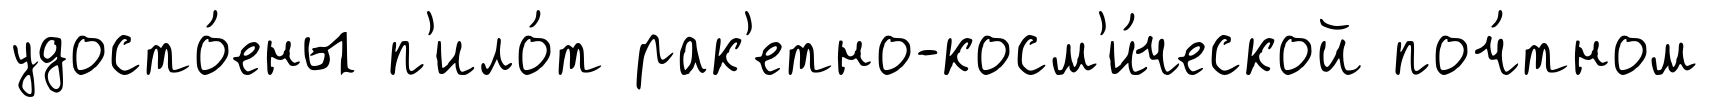
удосто́ены п'ило́т рак'етно-косм'и́ческой поч́тном